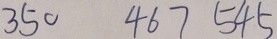
3 5 0 4 6 7 5 4 5